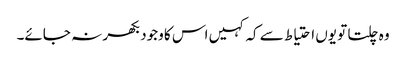
وہ چلتا تو یوں احتیاط سے کہ کہیں اس کا وجود بکھر نہ جائے۔